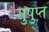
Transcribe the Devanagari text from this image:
सुषुप्‍त